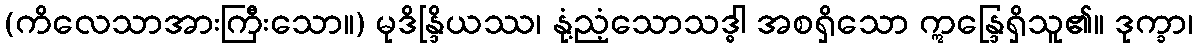
(ကိလေသာအားကြီးသော။) မုဒိန္ဒြိယဿ၊ နုံ့ညံ့သောသဒ္ဓါ အစရှိသော ဣန္ဒြေရှိသူ၏။ ဒုက္ခာ၊